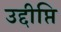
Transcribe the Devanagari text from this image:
उद्दीप्ति